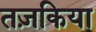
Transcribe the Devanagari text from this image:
तज़किया